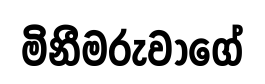
මිනීමරුවාගේ